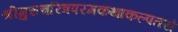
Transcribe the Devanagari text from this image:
श्रीगुरुचरित्रपरमकथाकल्पतरौ